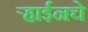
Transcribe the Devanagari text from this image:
ऱ्हाईनचे